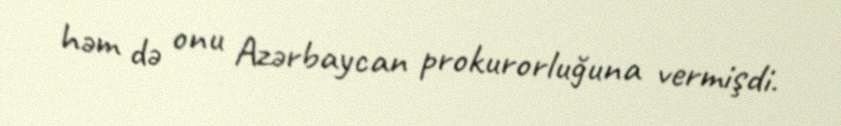
həm də onu Azərbaycan prokurorluğuna vermişdi.